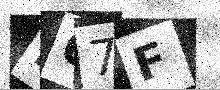
Text: R67F